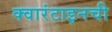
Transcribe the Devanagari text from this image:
क्वारंटाइनची